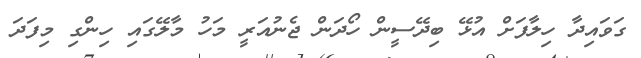
ގަވައިދާ ހިލާފަށް އުޅޭ ބިދޭސީން ހޯދަން ޖެނުއަރީ މަހު މާލޭގައި ހިންގި މިފަދަ